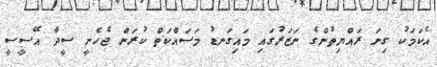
އެކަމަކު ގިނަ ރައްޔިތުންގެ ނަޒަރުގައި މައިގަނޑު މަސައްކަތް ކުރަން ޖެހެނީ ސީދާ އޭސީސީ